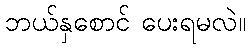
ဘယ်နှစောင် ပေးရမလဲ။